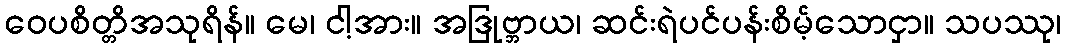
ဝေပစိတ္တိအသုရိန်။ မေ၊ ငါ့အား။ အဒြုဗ္ဘာယ၊ ဆင်းရဲပင်ပန်းစိမ့်သောငှာ။ သပဿု၊